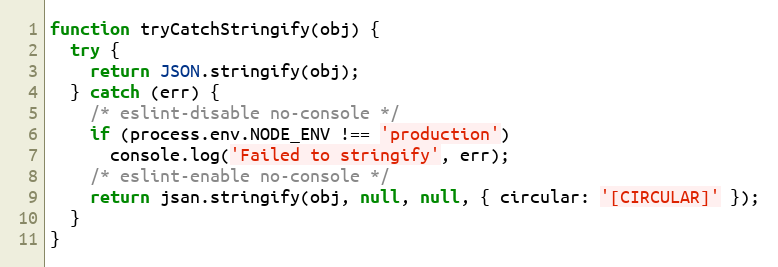
Language: JavaScript
function tryCatchStringify(obj) {
  try {
    return JSON.stringify(obj);
  } catch (err) {
    /* eslint-disable no-console */
    if (process.env.NODE_ENV !== 'production')
      console.log('Failed to stringify', err);
    /* eslint-enable no-console */
    return jsan.stringify(obj, null, null, { circular: '[CIRCULAR]' });
  }
}